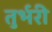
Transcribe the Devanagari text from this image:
तुर्भरी